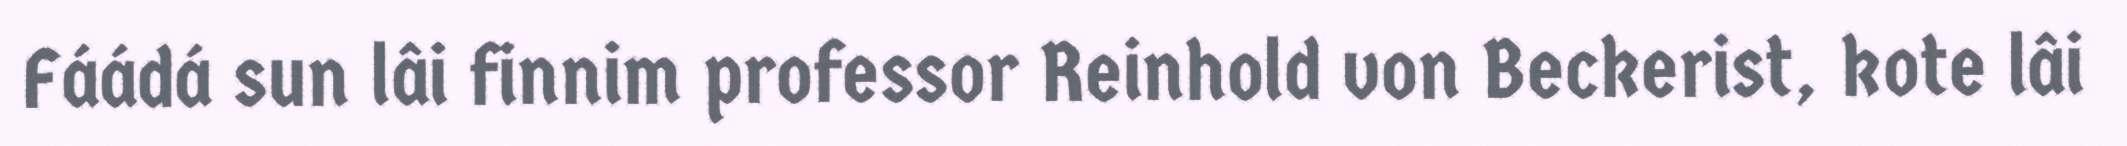
Fáádá sun lâi finnim professor Reinhold von Beckerist, kote lâi